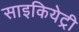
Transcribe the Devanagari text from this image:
साइकियेट्री